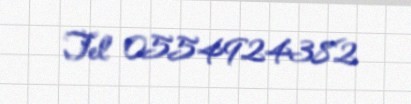
Tel 0554924382